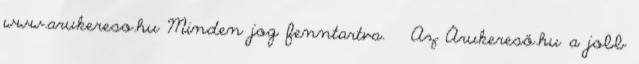
www.arukereso.hu Minden jog fenntartva. × Az Árukereső.hu a jobb